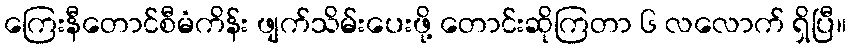
ကြေးနီတောင်စီမံကိန်း ဖျက်သိမ်းပေးဖို့ တောင်းဆိုကြတာ ၆ လလောက် ရှိပြီ။